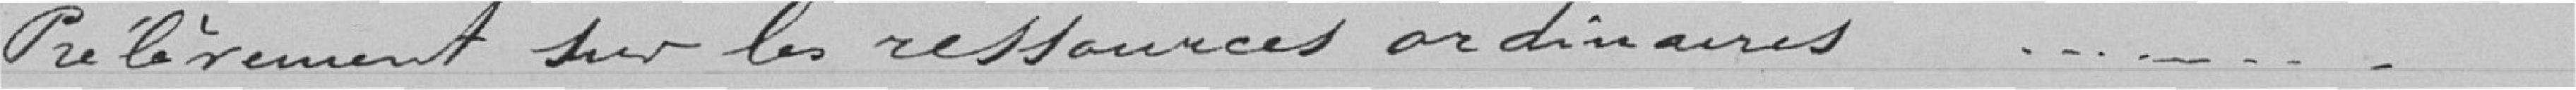
Prélèvement sur les ressources ordinaires